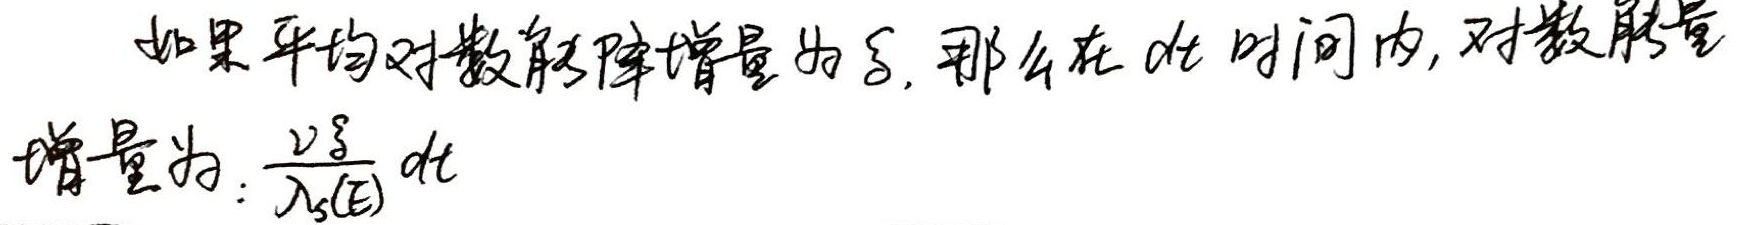
如果平均对数能降增量为\(\xi\)，那么在\(dt\)时间内，对数能量增量为：\(\frac{v\xi}{\lambda_{s}(E)}dt\)